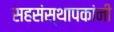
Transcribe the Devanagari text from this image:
सहसंस्थापकांनी